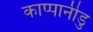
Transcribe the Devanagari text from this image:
काप्पानीडु